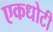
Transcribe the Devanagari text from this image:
एकधोटी